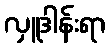
လှူဒါန်းရာ